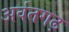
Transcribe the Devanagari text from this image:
अर्वतगढ़